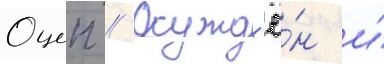
Оцеп // Осужд'ё́н и́